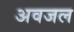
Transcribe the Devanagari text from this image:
अवजल